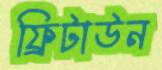
ফ্রিটাউন